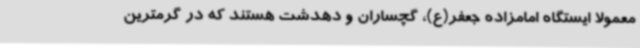
معمولا ایستگاه امامزاده جعفر(ع)، گچساران و دهدشت هستند که در گرمترین